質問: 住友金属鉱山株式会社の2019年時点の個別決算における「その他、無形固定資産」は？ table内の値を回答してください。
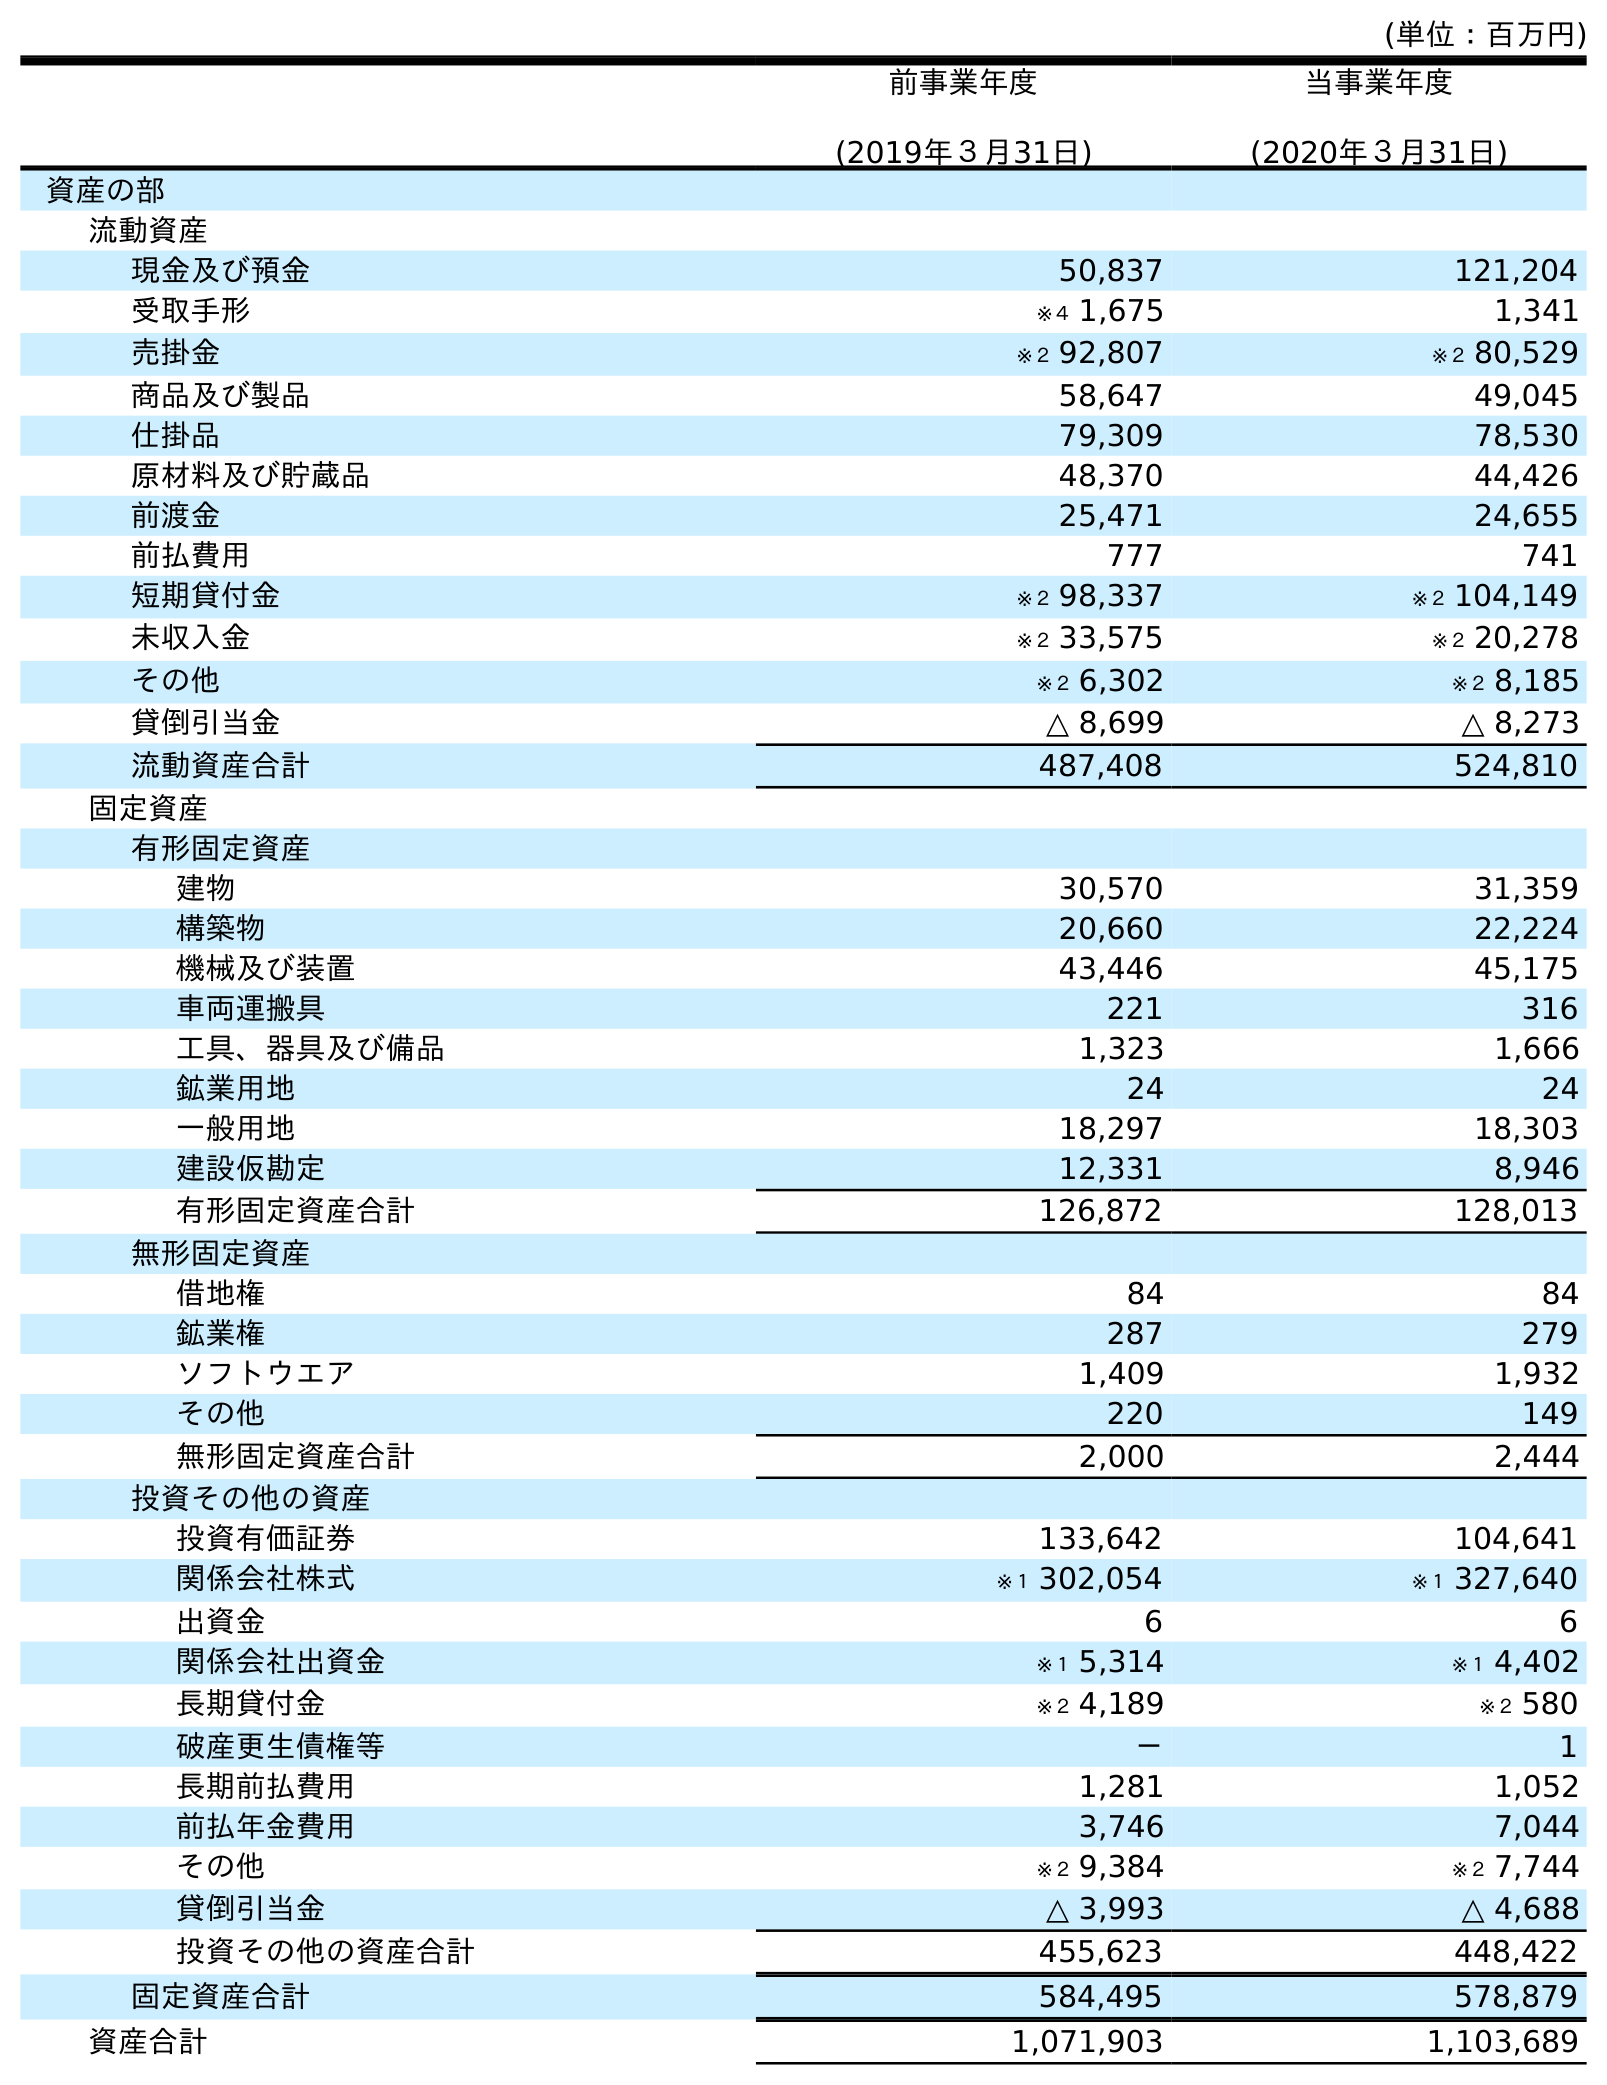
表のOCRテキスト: (単位：百万円) 前事業年度 (2019年３月31日) 当事業年度 (2020年３月31日) 資産の部 流動資産 現金及び預金 50,837 121,204 受取手形 ※４ 1,675 1,341 売掛金 ※２ 92,807 ※２ 80,529 商品及び製品 58,647 49,045 仕掛品 79,309 78,530 原材料及び貯蔵品 48,370 44,426 前渡金 25,471 24,655 前払費用 777 741 短期貸付金 ※２ 98,337 ※２ 104,149 未収入金 ※２ 33,575 ※２ 20,278 その他 ※２ 6,302 ※２ 8,185 貸倒引当金 △ 8,699 △ 8,273 流動資産合計 487,408 524,810 固定資産 有形固定資産 建物 30,570 31,359 構築物 20,660 22,224 機械及び装置 43,446 45,175 車両運搬具 221 316 工具、器具及び備品 1,323 1,666 鉱業用地 24 24 一般用地 18,297 18,303 建設仮勘定 12,331 8,946 有形固定資産合計 126,872 128,013 無形固定資産 借地権 84 84 鉱業権 287 279 ソフトウエア 1,409 1,932 その他 220 149 無形固定資産合計 2,000 2,444 投資その他の資産 投資有価証券 133,642 104,641 関係会社株式 ※１ 302,054 ※１ 327,640 出資金 6 6 関係会社出資金 ※１ 5,314 ※１ 4,402 長期貸付金 ※２ 4,189 ※２ 580 破産更生債権等 － 1 長期前払費用 1,281 1,052 前払年金費用 3,746 7,044 その他 ※２ 9,384 ※２ 7,744 貸倒引当金 △ 3,993 △ 4,688 投資その他の資産合計 455,623 448,422 固定資産合計 584,495 578,879 資産合計 1,071,903 1,103,689
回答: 220